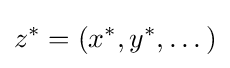
z^{*}=(x^{*},y^{*},\dots )